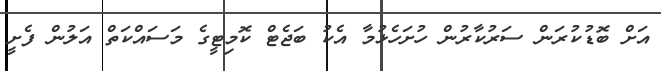
އަށް ބޮޑުކުރަން ސަރުކާރުން ހުށަހެޅުމާ އެކު ބަޖެޓް ކޮމިޓީގެ މަސައްކަތް އަލުން ފެށީ